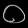
Digit: ၀